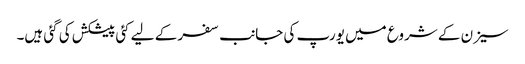
سیزن کے شروع میں یورپ کی جانب سفر کے لیے کئی پیشکش کی گئی ہیں۔